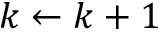
k \leftarrow k + 1